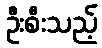
ဦးစီးသည့်